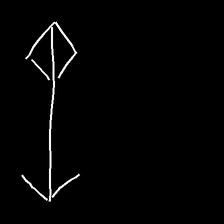
Glyph: focus